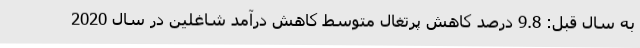
به سال قبل: 9.8 درصد کاهش پرتغال متوسط کاهش درآمد شاغلین در سال 2020